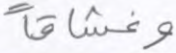
وغساقا